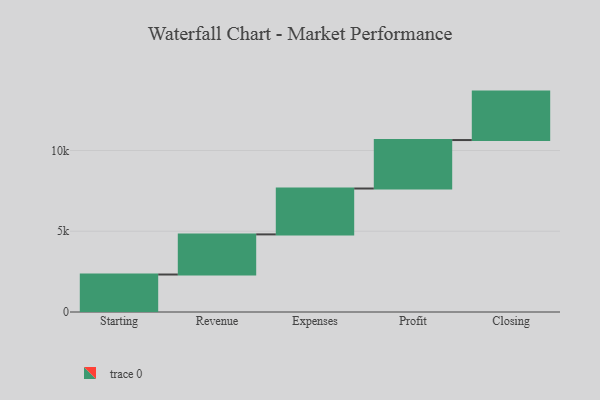
{"axis": {"x": "Step", "y": "Value"}, "legend": [""], "data": [{"x": "Starting", "y": 2321.0, "type": ""}, {"x": "Revenue", "y": 2484.0, "type": ""}, {"x": "Expenses", "y": 2841.0, "type": ""}, {"x": "Profit", "y": 3000, "type": ""}, {"x": "Closing", "y": 3000, "type": ""}]}